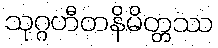
သုဂ္ဂဟီတနိမိတ္တဿ